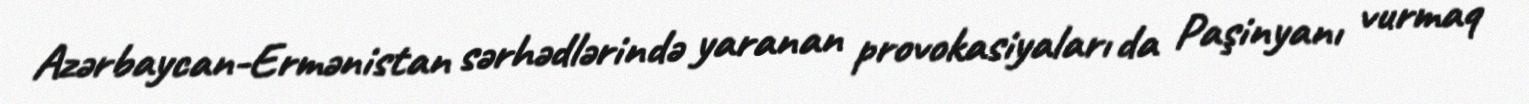
Azərbaycan-Ermənistan sərhədlərində yaranan provokasiyaları da Paşinyanı vurmaq